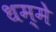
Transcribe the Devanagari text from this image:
धम्मे